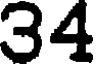
34